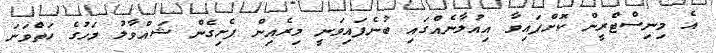
އެ މިނިސްޓްރީން ކޮށްފައިވާ އިއުލާނެއްގައި ބުނެފައިވަނީ މިރެއިން ފެށިގެން ޝައްވާލު މަހުގެ ހަތްވަނަ